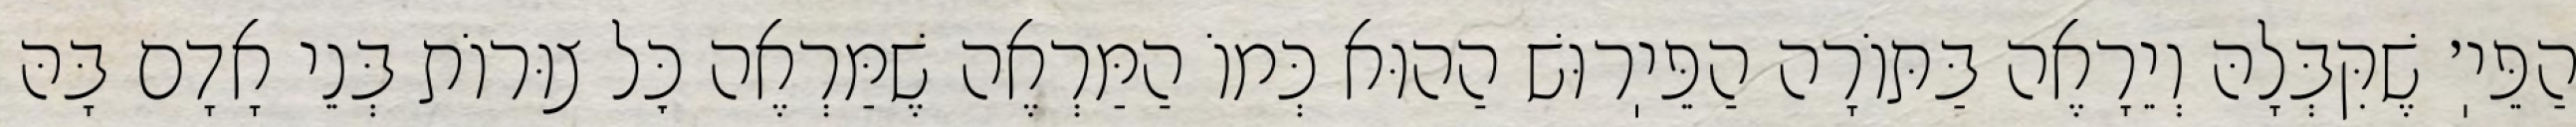
הַפֵּיֽ׳ שֶׁקִּבְּלָהּ וְיֵרָאֶה בַּתּוֹרָה הַפֵּיֽרוּשׁ הַהוּא כְּמוֹ הַמַּרְאֶה שֶׁמַּרְאֶה כׇּל צוּרוֹת בְּנֵי אָדָם בָּהּ